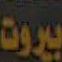
بيروت